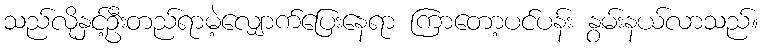
သည်လိုနှင့်ဦးတည်ရာမဲ့လျှောက်ပြေးနေရာ ကြာတော့ပင်ပန်း နွမ်းနယ်လာသည်။